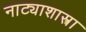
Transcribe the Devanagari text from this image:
नाट्याशास्त्रा